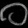
Digit: ၀